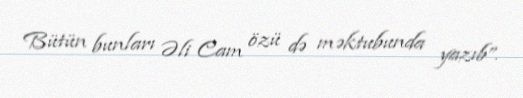
Bütün bunları Əli Cam özü də məktubunda yazıb”.